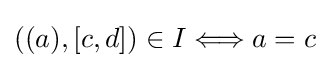
((a),[c,d])\in I\Longleftrightarrow a=c